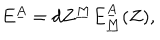
E ^ { \underline { { A } } } = d Z ^ { \underline { { M } } } E _ { \underline { { M } } } ^ { \underline { { A } } } ( Z ) ,